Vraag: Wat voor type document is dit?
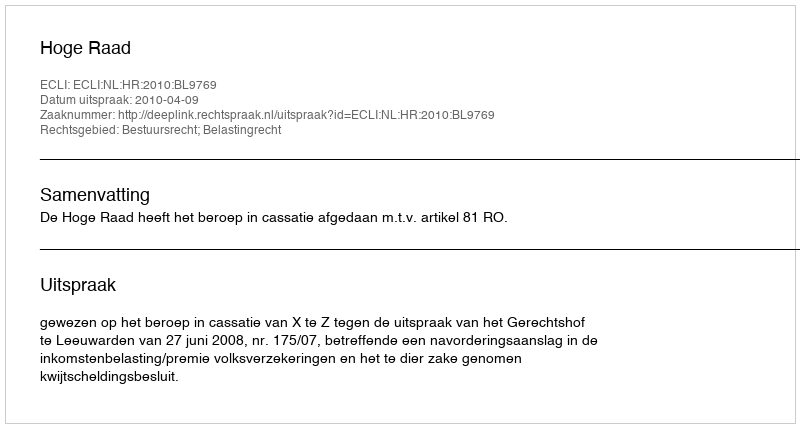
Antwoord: Uitspraak